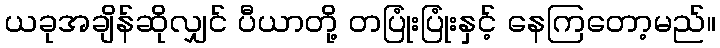
ယခုအချိန်ဆိုလျှင် ပီယာတို့ တပြုံးပြုံးနှင့် နေကြတော့မည်။